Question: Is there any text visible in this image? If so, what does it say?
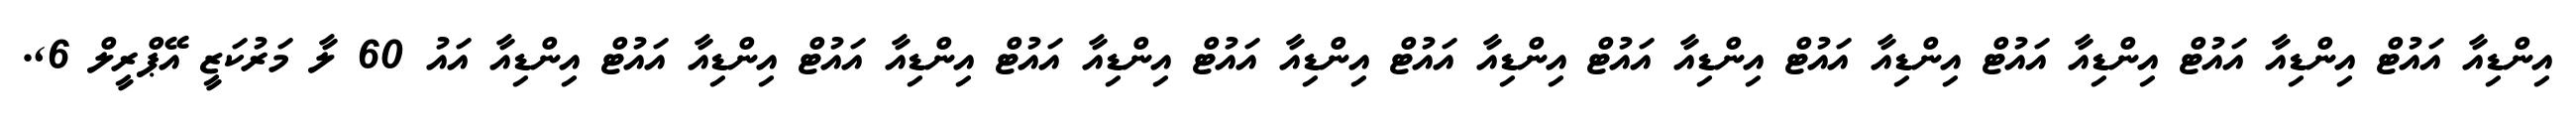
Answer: އިންޑިއާ އައުޓް އިންޑިއާ އައުޓް އިންޑިއާ އައުޓް އިންޑިއާ އައުޓް އިންޑިއާ އައުޓް އިންޑިއާ އައުޓް އިންޑިއާ އައުޓް އިންޑިއާ އައުޓް އިންޑިއާ އައުޓް އިންޑިއާ އައުޓް އިންޑިއާ އައު 60 ލާ މަރުކަޒީ އޭޕްރީލް 6,.